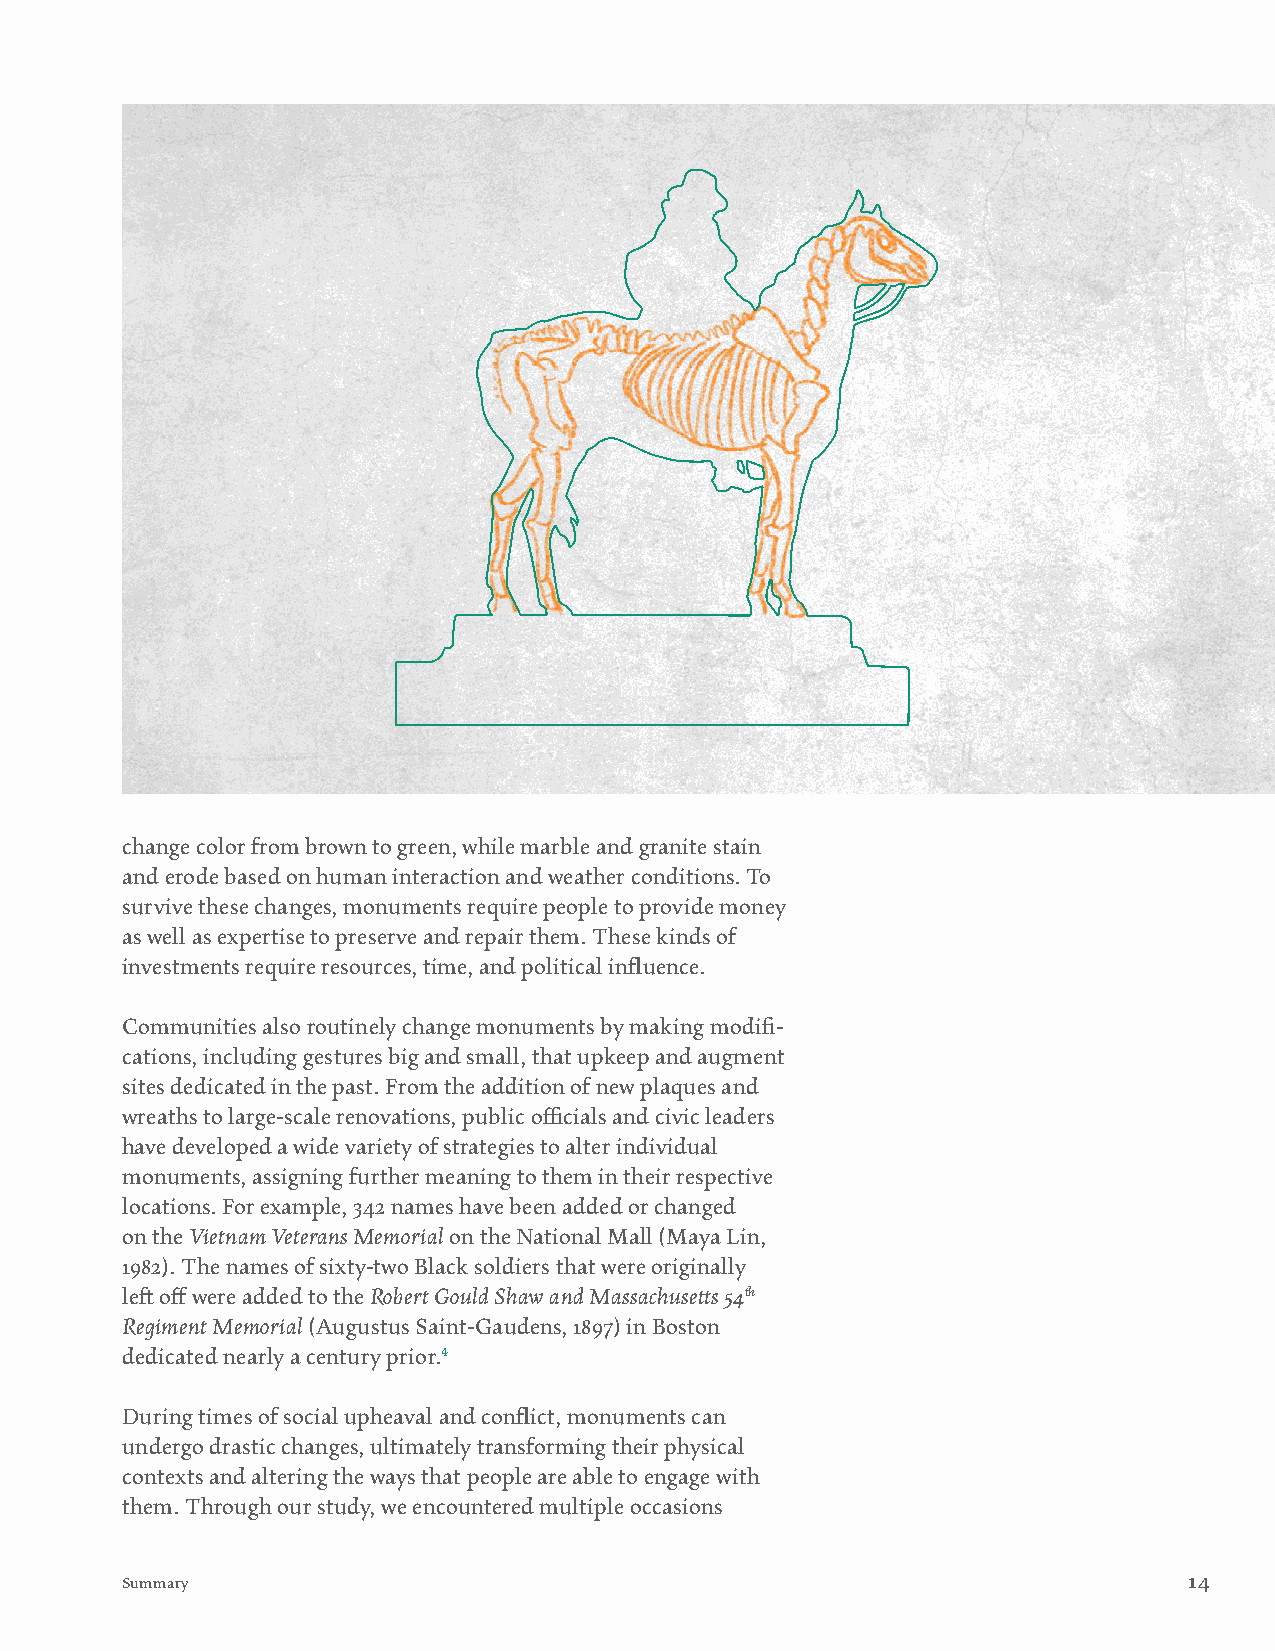
change color from brown to green, while marble and granite stain
 and erode based on human interaction and weather conditions. To
 survive these changes, monuments require people to provide money
 as well as expertise to preserve and repair them. These kinds of
 investments require resources, time, and political influence.
 Communities also routinely change monuments by making modifi-
 cations, including gestures big and small, that upkeep and augment
 sites dedicated in the past. From the addition of new plaques and
 wreaths to large-scale renovations, public officials and civic leaders
 have developed a wide variety of strategies to alter individual
 monuments, assigning further meaning to them in their respective
 locations. For example, 342 names have been added or changed
 on the Vietnam Veterans Memorial on the National Mall (Maya Lin,
 1982). The names of sixty-two Black soldiers that were originally
 left off were added to the Robert Gould Shaw and Massachusetts 54th
 Regiment Memorial (Augustus Saint-Gaudens, 1897) in Boston
 dedicated nearly a century prior.4
 During times of social upheaval and conflict, monuments can
 undergo drastic changes, ultimately transforming their physical
 contexts and altering the ways that people are able to engage with
 them. Through our study, we encountered multiple occasions
 Summary                                                                14